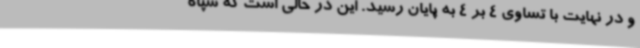
و در نهایت با تساوی 4 بر 4 به پایان رسید. این در حالی است که سپاه